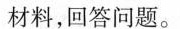
材料，回答问题。